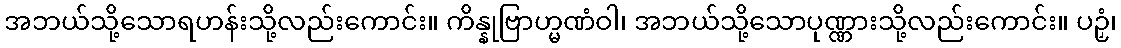
အဘယ်သို့သောရဟန်းသို့လည်းကောင်း။ ကိန္နုဗြာဟ္မဏံဝါ၊ အဘယ်သို့သောပုဏ္ဏားသို့လည်းကောင်း။ ပဉှံ၊